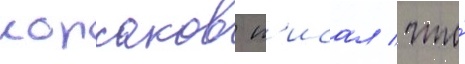
корсаков п'исал / что́